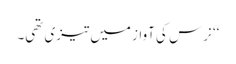
‘‘ نرس کی آواز میں تیزی تھی۔